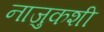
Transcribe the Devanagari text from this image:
नाजुकशी